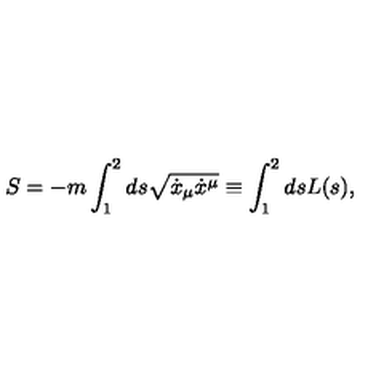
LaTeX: S = - m \int _ { 1 } ^ { 2 } d s \sqrt { \dot { x } _ { \mu } \dot { x } ^ { \mu } } \equiv \int _ { 1 } ^ { 2 } d s L ( s ) ,